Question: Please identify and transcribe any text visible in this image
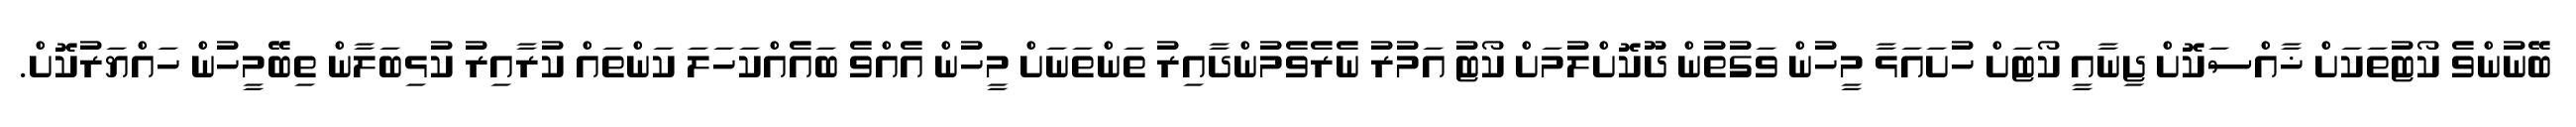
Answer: ބޭނުންވެ ކޯޓުތަކަށް ޚާއްސަކޮށް ޖިނާއީ ކޯޓަށް ހުށައަޅާ މީހުން ވަގުތުން ދޫކޮށްލުމަށް ކޯޓު އަމުރު ނެރެވެމުންދާއިރު ތަންތަނަށް މީހުން އެއްވެ ބައެއްކަހަލަ ކަންތައް ކުރާއިރު ކުޅިބަލާން ތިބޭމީހުން ހައްޔަރުކޮށް.